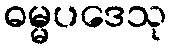
ဓမ္မပဒေသု